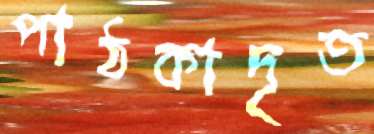
পাঠকাদৃত